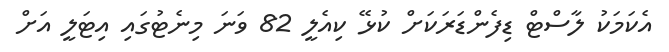
އެކަމަކު ލާސްޓް ޑިފެންޑަރަކަށް ކުޅޭ ކިއެލީ 82 ވަނަ މިނެޓުގައި އިޓަލީ އަށް